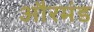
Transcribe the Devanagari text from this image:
औरमंड